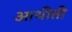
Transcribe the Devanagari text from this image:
आथीती